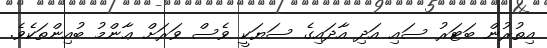
އިތުރުން ބަޓަރު ސައި އަދި އާދައިގެ ސަޔަކީ ވެސް ވަރަށް ޢާންމު ބުއިންތަކެވެ.